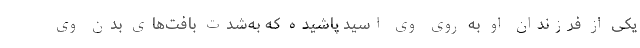
یکی از فرزندان او به روی وی اسید پاشیده که به‌شدت بافت‌های بدن وی